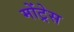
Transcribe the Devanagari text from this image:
मोंट्रेस